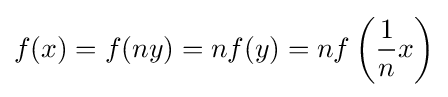
f(x)=f(ny)=nf(y)=nf\left({\frac {1}{n}}x\right)